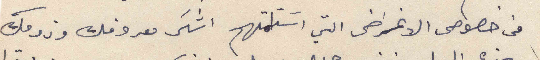
في خصوص الاغراض التي استلمتهم اشكر معروفك وذوقك